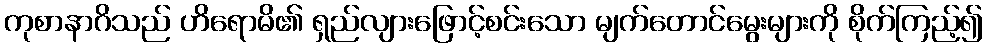
ကုစာနာဂိသည် ဟိရောမိ၏ ရှည်လျားဖြောင့်စင်းသော မျက်တောင်မွေးများကို စိုက်ကြည့်၍